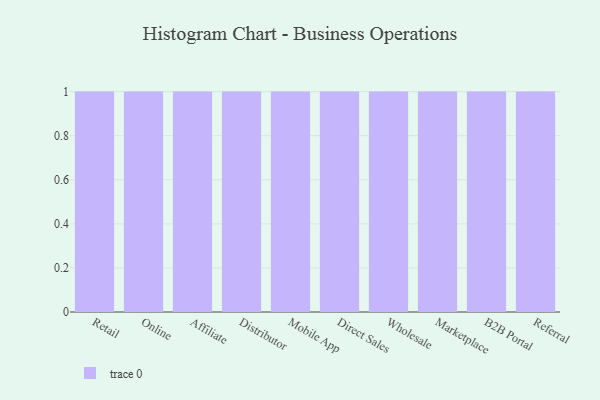
{"axis": {"x": "Channel", "y": "Temperature (°C)"}, "legend": [""], "data": [{"x": "Retail", "y": 89, "type": ""}, {"x": "Online", "y": 52, "type": ""}, {"x": "Affiliate", "y": 30, "type": ""}, {"x": "Distributor", "y": 11, "type": ""}, {"x": "Mobile App", "y": 80, "type": ""}, {"x": "Direct Sales", "y": 47, "type": ""}, {"x": "Wholesale", "y": 65, "type": ""}, {"x": "Marketplace", "y": 54, "type": ""}, {"x": "B2B Portal", "y": 99, "type": ""}, {"x": "Referral", "y": 60, "type": ""}]}